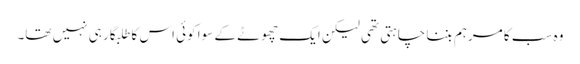
وہ سب کا مرہم بننا چاہتی تھی لیکن ایک چھوٹے کے سوا کوئی اس کا طلبگار ہی نہیں تھا۔